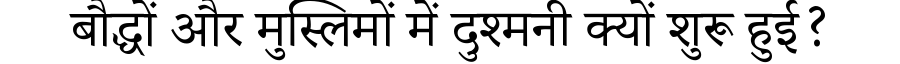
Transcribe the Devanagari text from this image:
बौद्धों और मुस्लिमों में दुश्मनी क्यों शुरू हुई?